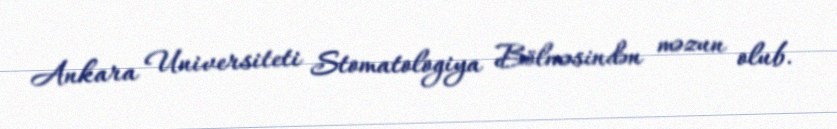
Ankara Universiteti Stomatologiya Bölməsindən məzun olub.